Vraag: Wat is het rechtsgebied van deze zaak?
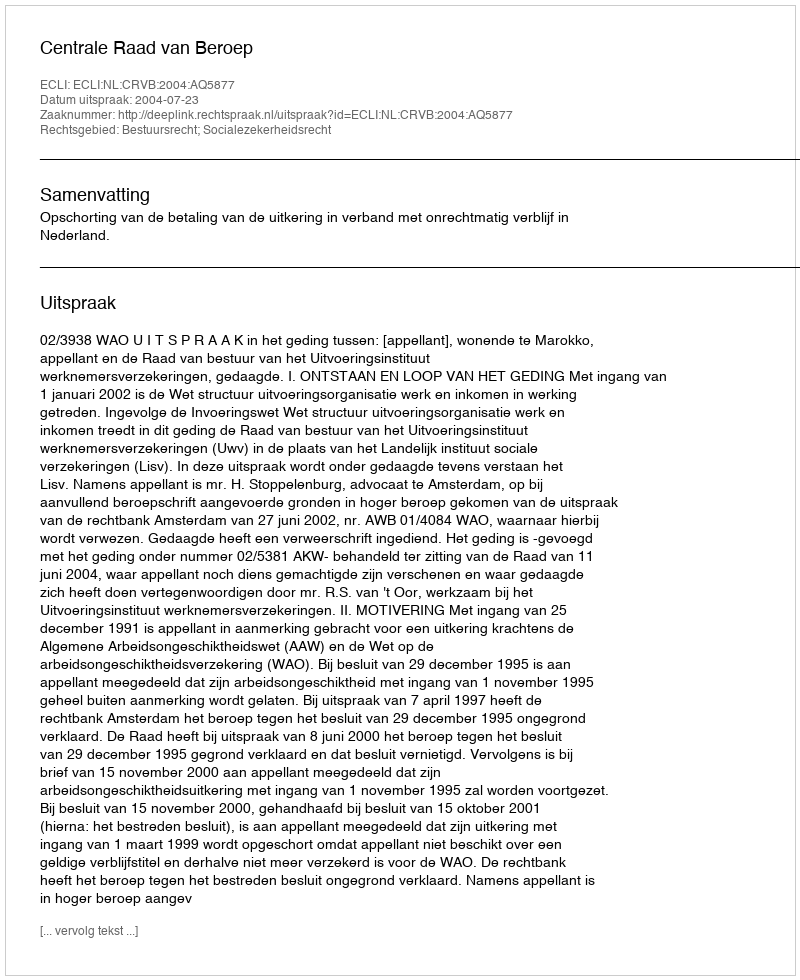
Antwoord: Bestuursrecht; Socialezekerheidsrecht